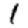
Digit: 1